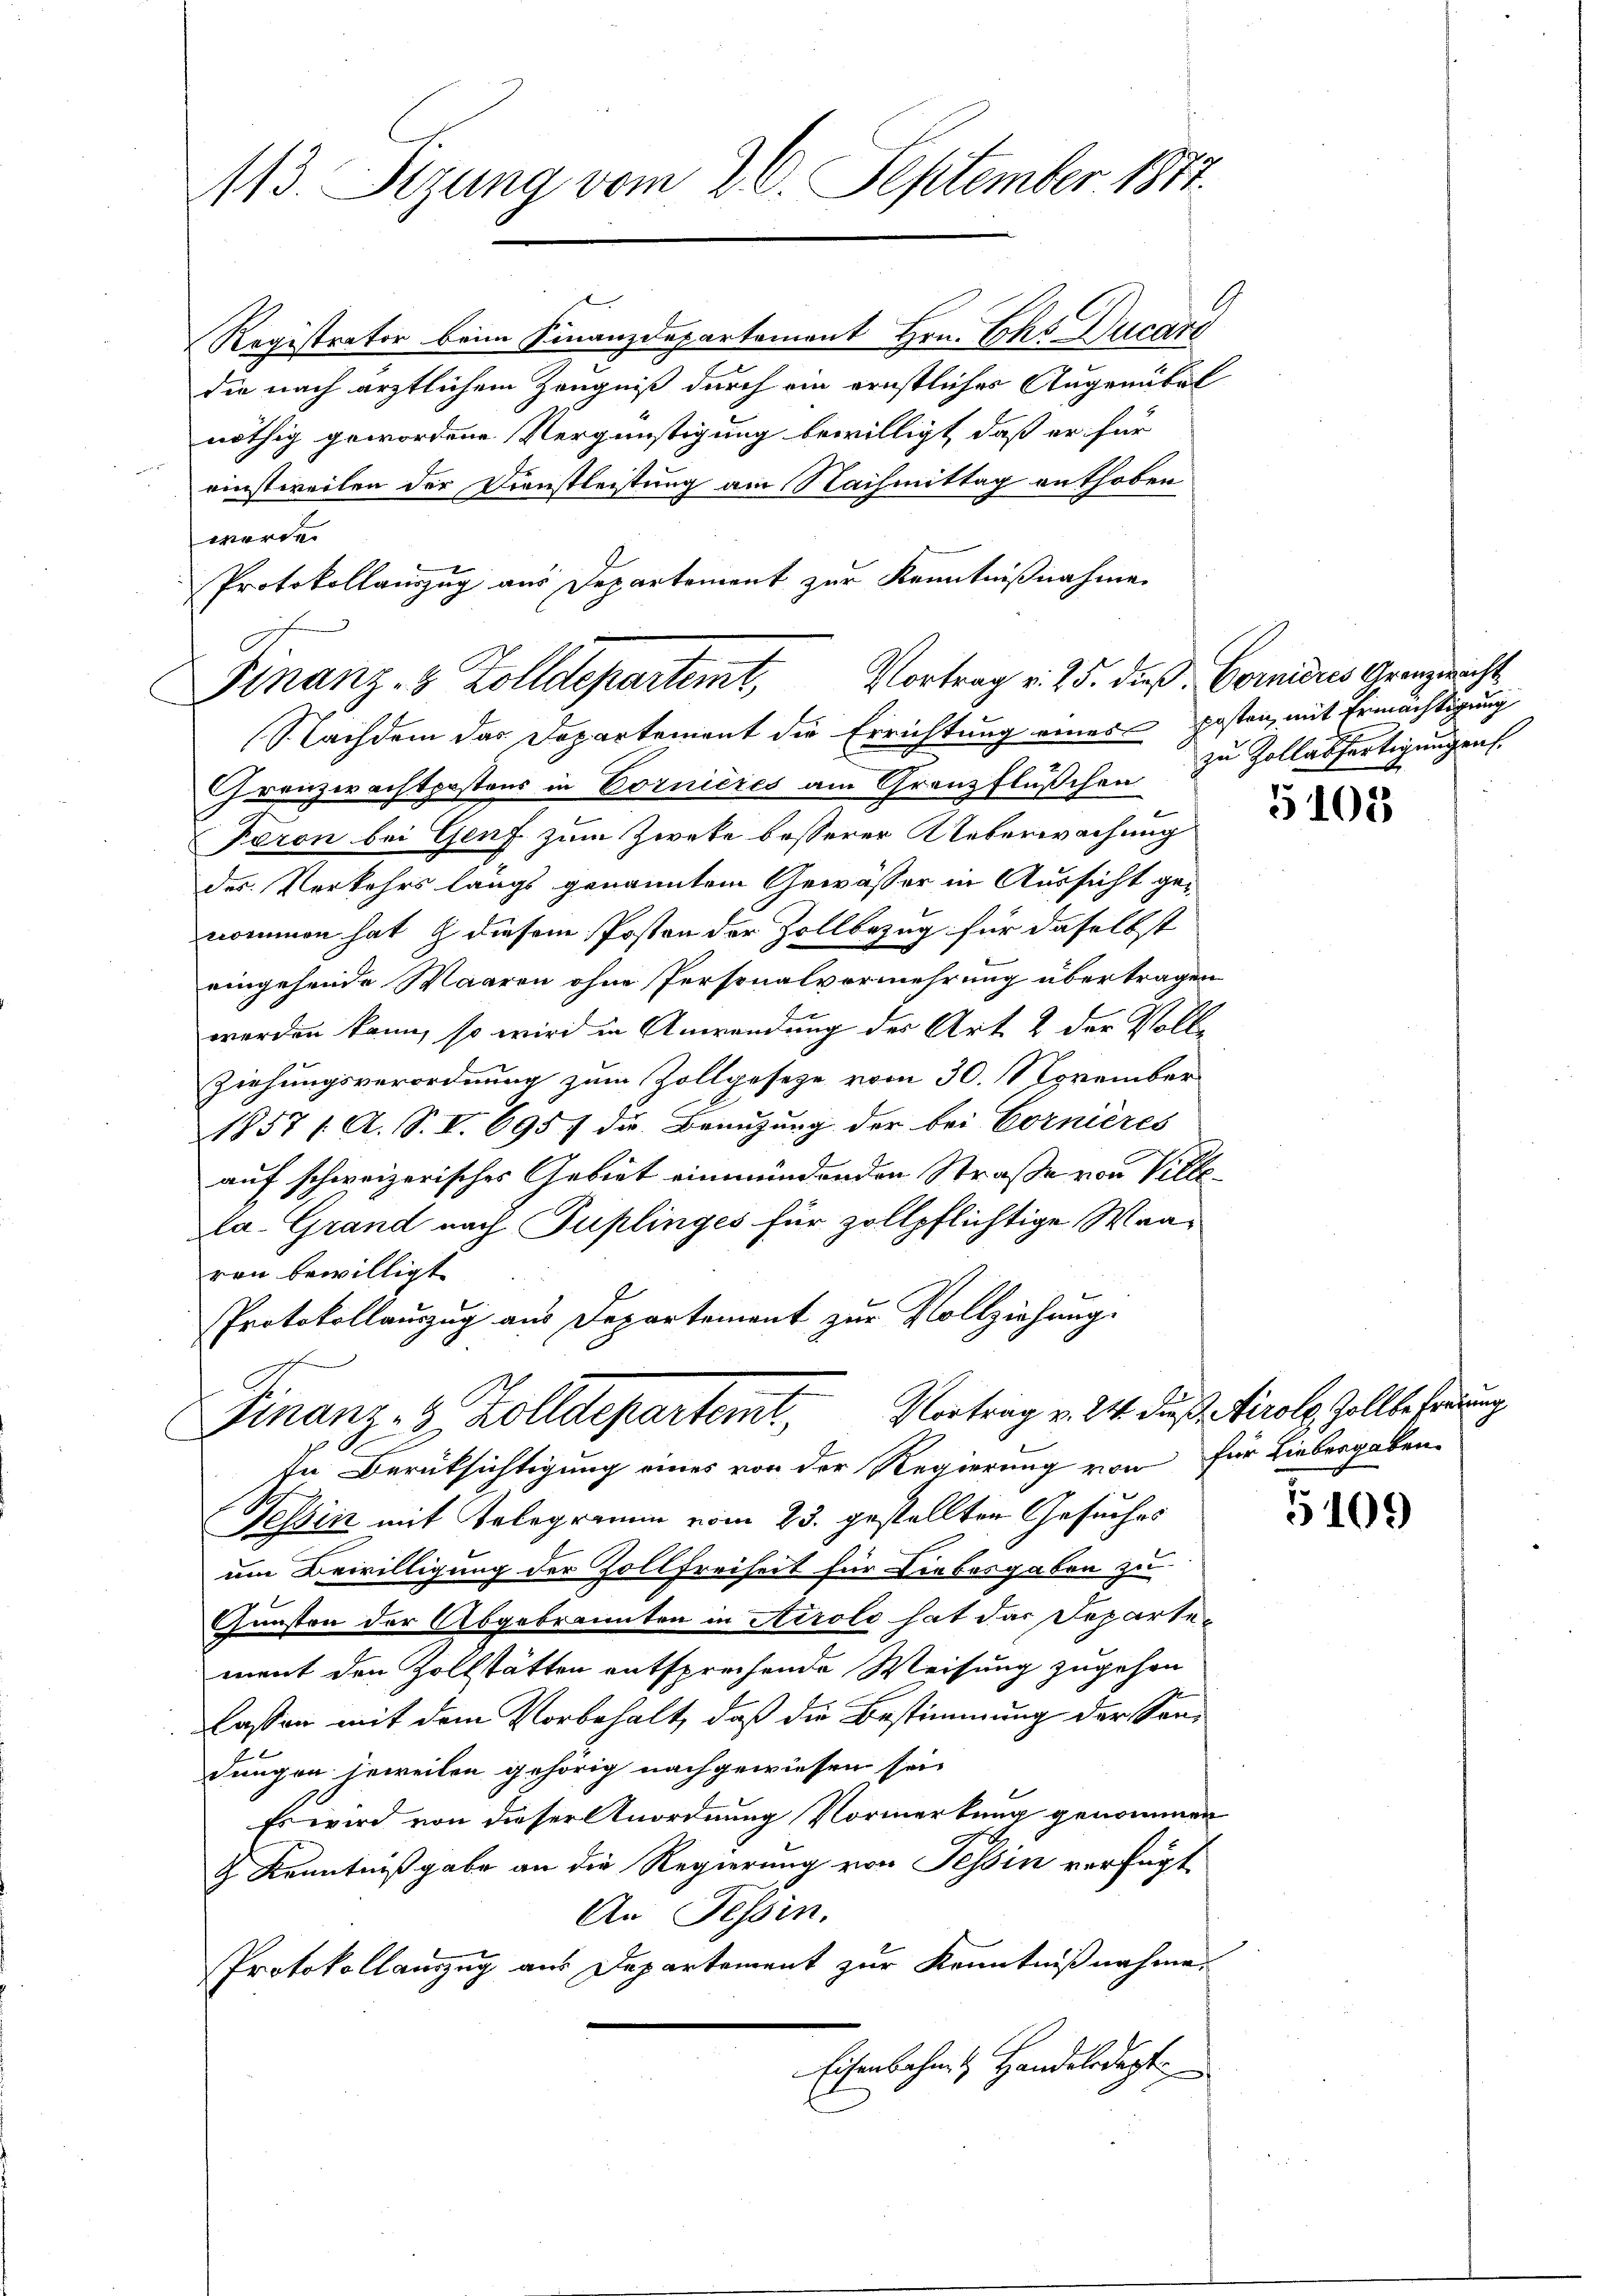
113. Sezung vom 26. September 1817.

Registrator beim Finanzdepartement Hrn. Chr. Ducart
die nach ärztlichem Zeugniß durch ein ernstliches Angenübel
nöthig gewordene Vergünstigung bewilligt, daß er für
einstweilen der Dienstleistung am Nachmittag enthoben.
werde.
Protokollauszug aus Departement zur Kenntnißnahmen
Nachdem das Departement die Errichtung einer posten, mit Ermächtigung
Granzwachtpostens in Cornieres am Granzflüßchen
Feron bei Genf zum Zweke besserer Ueberwachung
des Verkehrs längs genanntem Gewässer in Aussicht genommen hat, & diesem Posten der Zollbezug für daselbst
eingehende Waaren ohne Personalvermehrung übertragen
werden kann, so wird in Anwendung der Art. 2 der Voll¬
Ziehungsverordnung zum Zollgeseze vom 30. November
1857/ A. S. I. 6957 die Benuzung der bei Cornières
auf schweizerisches Gebiet einmündenden Straße von Villela. Grand nach Puplinges für zollpflichtige Waaren bewilligt.
Protokollauszug aus Departement zur Vollziehung.

Vortrag v. 25. dieß. Fornieres Grenzwacht
Finanz- & Zolldepartemt,

Finanz- & Zolldepartemt, Vortrag v. 24. die

9

zu Zollabfertigungen.

In Berüksichtigung eines von der Regierung von für Liebesgaben-
Tessin mit Telegramm vom 23. gestellten Gesuches
um Bewilligung der Zollfreiheit für Liebesgaben zu
Gunsten der Abgebrannten in Airolo hat das Departement den Zollstätten entsprechende Weisung zugehen
lassen mit dem Vorbehalt, daß die Bestimmung der Sondungen jeweilen gehörig nachgewiesen sei.
Es wird von dieser Anordnung Vormerkung genommen
J. Kenntnißgabe an die Regierung von Tessin verfügt
An Tessin.
Protokollauszug aus Departement zur Kenntnißnahme.
Eisenbahn & Handeledigt.

5105

Tirole Zollbefreiung

5109